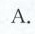
A.